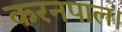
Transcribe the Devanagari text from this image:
करनपाल।